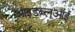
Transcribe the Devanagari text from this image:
आइडब्लूआई